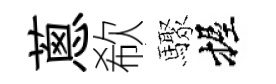
蔥欷驟握